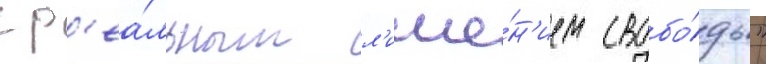
с р'еа́льным л'ише́н'ием свобо́ды"